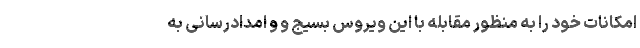
امکانات خود را به منظور مقابله با این ویروس بسیج و و امدادرسانی به